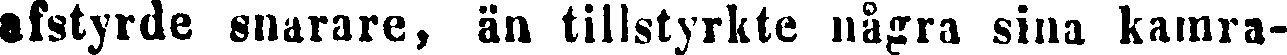
afstyrde snarare, än tillstyrkte några sina kamra-